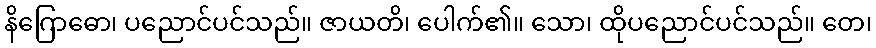
နိဂြောဓော၊ ပညောင်ပင်သည်။ ဇာယတိ၊ ပေါက်၏။ သော၊ ထိုပညောင်ပင်သည်။ တေ၊